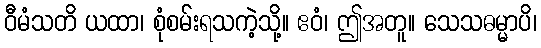
ဝီမံသတိ ယထာ၊ စုံစမ်းရသကဲ့သို့။ ဧဝံ၊ ဤအတူ။ သေသဓမ္မာပိ၊